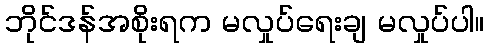
ဘိုင်ဒန်အစိုးရက မလှုပ်ရေးချ မလှုပ်ပါ။